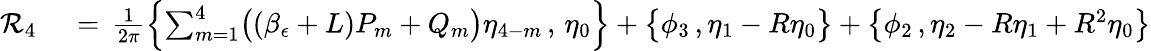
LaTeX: \begin{array}{rl}{\mathcal{R}_{4}\, }&{{}=\, \frac{1}{2\pi}\Bigl\{ \sum_{m=1}^{4}\bigl((\beta_{\epsilon}+L)P_{m}+Q_{m}\bigr)\eta_{4-m}\, ,\, \eta_{0}\Bigr\} +\bigl\{ \phi_{3}\, ,\eta_{1}-R\eta_{0}\bigr\} +\bigl\{ \phi_{2}\, ,\eta_{2}-R\eta_{1}+R^{2}\eta_{0}\bigr\} }\end{array}